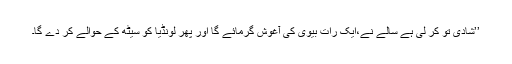
’’شادی تو کر لی ہے سالے نے،ایک رات بیوی کی آغوش گرمائے گا اور پھر لونڈیا کو سیٹھ کے حوالے کر دے گا۔